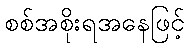
စစ်အစိုးရအနေဖြင့်